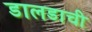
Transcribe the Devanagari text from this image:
डालडाची